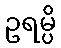
ဥရမ္ပိ